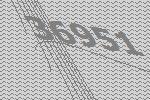
36951